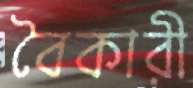
বৈকারী